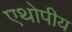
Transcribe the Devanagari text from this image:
एथोपीय